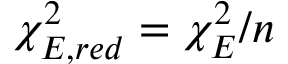
\chi _ { E , r e d } ^ { 2 } = \chi _ { E } ^ { 2 } / n